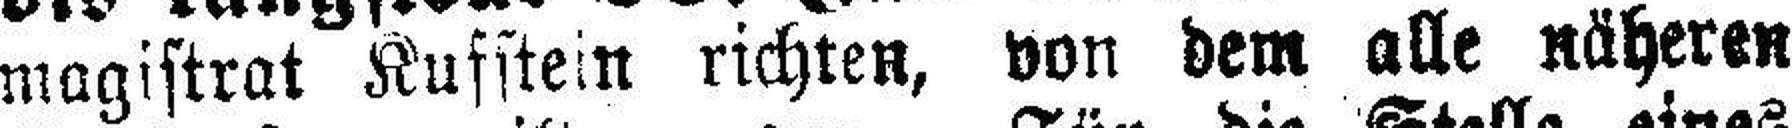
magistrat Kufstein richten, von dem alle näheren